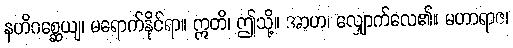
နဟိဂစ္ဆေယျ၊ မရောက်နိုင်ရာ။ ဣတိ၊ ဤသို့။ အာဟ၊ လျှောက်လေ၏။ မဟာရာဇ၊